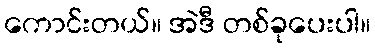
ကောင်းတယ်။ အဲဒီ တစ်ခုပေးပါ။